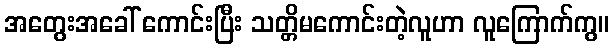
အတွေးအခေါ် ကောင်းပြီး သတ္တိမကောင်းတဲ့လူဟာ လူကြောက်ကွ။